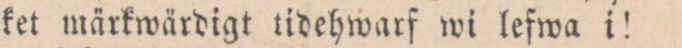
ket märkwärdigt tidehwarf wi lefwa i!